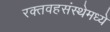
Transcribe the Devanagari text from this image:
रक्तवहसंस्थेमध्ये